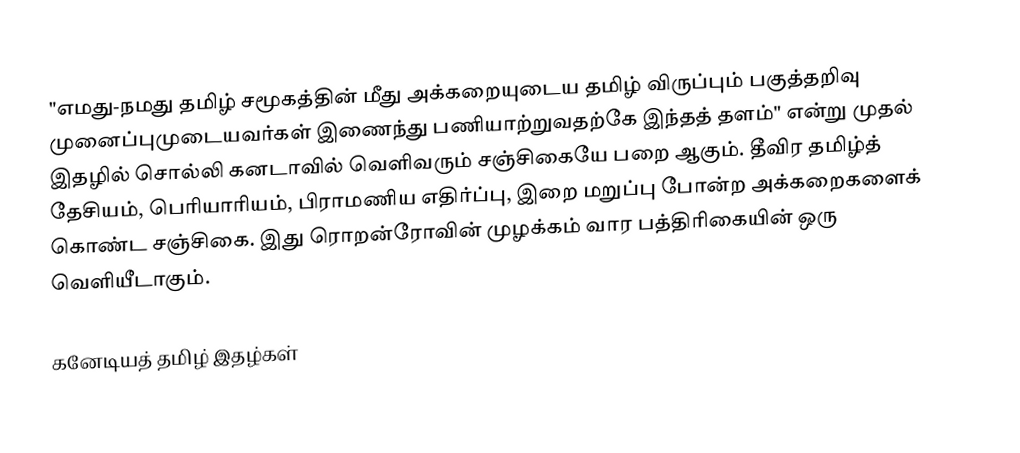
"எமது-நமது தமிழ் சமூகத்தின் மீது அக்கறையுடைய தமிழ் விருப்பும் பகுத்தறிவு முனைப்புமுடையவர்கள் இணைந்து பணியாற்றுவதற்கே இந்தத் தளம்" என்று முதல் இதழில் சொல்லி கனடாவில் வெளிவரும் சஞ்சிகையே பறை ஆகும். தீவிர தமிழ்த் தேசியம், பெரியாரியம், பிராமணிய எதிர்ப்பு, இறை மறுப்பு போன்ற அக்கறைகளைக் கொண்ட சஞ்சிகை. இது ரொறன்ரோவின் முழக்கம் வார பத்திரிகையின் ஒரு வெளியீடாகும்.

கனேடியத் தமிழ் இதழ்கள்